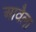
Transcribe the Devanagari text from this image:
आवैला